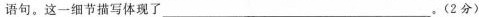
语句。这一细节描写体现了___。(2分)